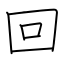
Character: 回